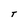
Character: t